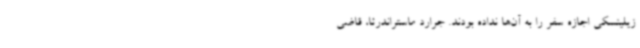
زیلینسکی اجازه سفر را به آن‌ها نداده بودند. جرارد ماستراندرئا، قاضی